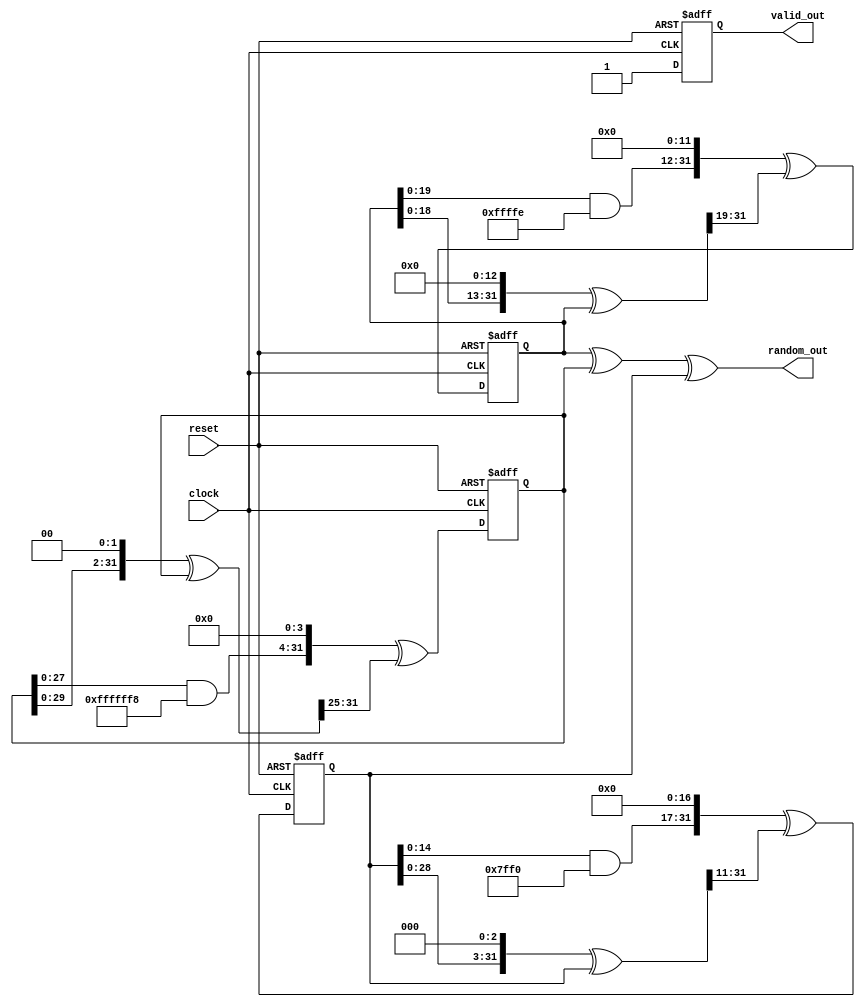
`timescale 1ns / 1ps

module tausworthe_5(
    input clock,
    input reset,
    output [31:0] random_out,
    output reg valid_out
    );
    
   
    wire [31:0] b1,b2,b3;
    wire [31:0] next_S0, next_S1, next_S2;
    reg [31:0] S0_reg, S1_reg, S2_reg;
    
    assign b1      = (((S0_reg << 13) ^ S0_reg) >> 19);
    assign next_S0 = (((S0_reg & 32'hfffffffe) << 12) ^ b1);
    assign b2      = (((S1_reg << 2 ) ^ S1_reg) >> 25);
    assign next_S1 = (((S1_reg & 32'hfffffff8) << 4 ) ^ b2);
    assign b3      = (((S2_reg << 3 ) ^ S2_reg) >> 11);
    assign next_S2 = (((S2_reg & 32'hfffffff0) << 17) ^ b3);
    
    assign random_out = S0_reg ^ S1_reg ^ S2_reg;
    
    always @(posedge clock or posedge reset)
      if (reset)
      begin
        S0_reg <= 32'he0e0e0e0;
        S1_reg <= 32'h0d0d0d0d;
        S2_reg <= 32'haa00aa00;
        valid_out <= 1'b0;
      end
      else
      begin 
        S0_reg <= next_S0;
        S1_reg <= next_S1;
        S2_reg <= next_S2;
        valid_out <= 1'b1;
      end
endmodule